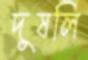
দুষলি